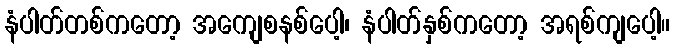
နံပါတ်တစ်ကတော့ အကျေစနစ်ပေါ့၊ နံပါတ်နှစ်ကတော့ အရစ်ကျပေါ့။